system: You are a helpful assistant.
user:
Analyze the provided spectrum to determine if it is a **S-type Star**.

- **Key Indicators for S-type Star:**

    - **(Overall Spectrum Shape):** The first and most obvious characteristic is the overall continuum (the "baseline" shape). It is **extremely "red-sloping,"** meaning the flux (light intensity) is very low on the left side (blue, ~4000-4500 Å) and rises steeply and continuously toward the right side (red, ~7000 Å+).

    - **(Primary):** The spectrum is defined by the presence of strong, broad molecular absorption "valleys" (bands) from **Zirconium Oxide (ZrO)**. The identification of these bands is the **primary requirement** for classifying a star as S-type.
        - **(Key Bandheads):** You must find distinct, deep "dips" where the light has been absorbed. The most critical band systems to locate are:
            - **~6474 Å** ($\gamma$-system): This is often the strongest and clearest ZrO feature, found in the red part of the spectrum.
            - **~5718 Å** & **~5551 Å** ($\beta$-system): A pair of prominent absorption features in the yellow-orange part of the spectrum.
            - **~4640 Å** ($\alpha$-system): A key absorption band system in the blue-green region of the spectrum.

    - **(Secondary Confirmation):** The classification is strengthened by finding additional absorption bands from other related heavy element oxides, which are expected to be present alongside ZrO.
        - **(Key Bandheads):**
            - **Yttrium Oxide (YO):** Look for absorption dips near **~4800 Å** and **~6100 Å**.
            - **Lanthanum Oxide (LaO):** Additional absorption features, particularly in the red-orange part of the spectrum, are also characteristic.

    - **(Line Profile):** The combination of the steep red continuum and these numerous, deep molecular bands (ZrO, YO, etc.) gives the entire spectrum a very **"chopped-up"** or **"bumpy"** appearance. Instead of a smooth curve, the spectrum looks as though large, wide chunks of light have been "carved out" of it at the specific wavelengths listed above.

Think first, call **spectral_visualization_tool** if needed to examine features in detail, then provide your final answer. Your response must adhere to the following strict rules:
1.  **Overall Structure:** Your response must follow the format `<think>...</think> <tool_call>...</tool_call> (if a tool is used) <answer>...</answer>`.
2.  **Tool Usage Constraint:** You may only make **one** tool call per turn.
3.  **Final Answer Format:** In the `<answer>` tag, your conclusion must be inside a `\boxed{}` command (e.g., `\boxed{YES}` or `\boxed{NO}`), followed by your justification.

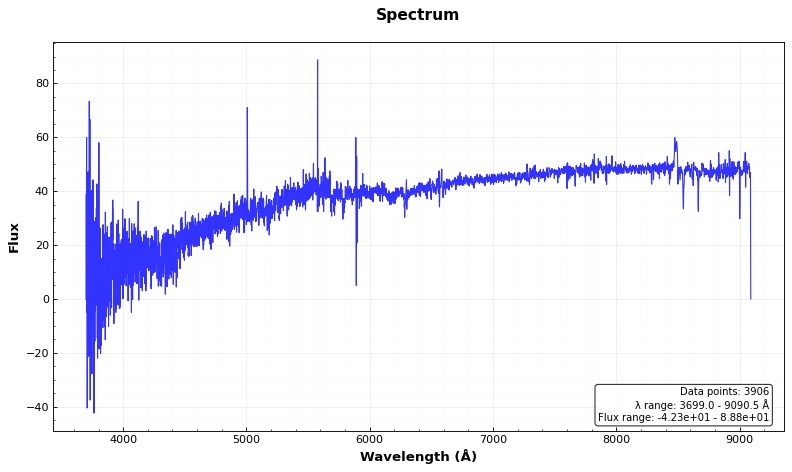
Answer: NO